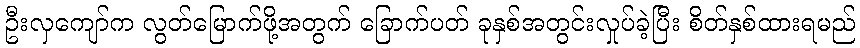
ဦးလှကျော်က လွတ်မြောက်ဖို့အတွက် ခြောက်ပတ် ခုနှစ်အတွင်းလှုပ်ခဲ့ပြီး စိတ်နှစ်ထားရမည်